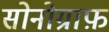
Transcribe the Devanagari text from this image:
सोनोग्राफ़